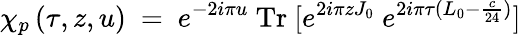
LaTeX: \chi_{p}\left(\tau,z,u\right)~=~e^{-2i\pi u}\ \mathrm{Tr}\ [e^{2i\pi zJ_{0}}\ e^{2i\pi\tau(L_{0}-{\frac{c}{24}})}]